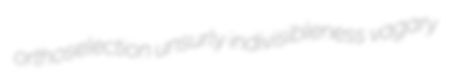
orthoselection unsurly indivisibleness vagary